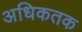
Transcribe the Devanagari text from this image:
अधिकतक